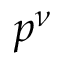
p ^ { \nu }